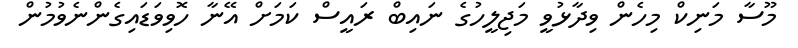
މޫސާ މަނިކް މިހެން ވިދާޅުވީ މަޖިލީހުގެ ނައިބް ރައީސް ކަމަށް އޭނާ ހޮވިވަޑައިގެންނެވުމުން